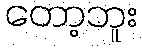
တော့ဘူး